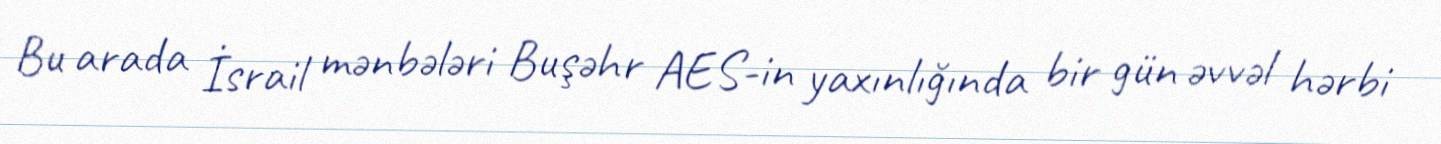
Bu arada İsrail mənbələri Buşəhr AES-in yaxınlığında bir gün əvvəl hərbi